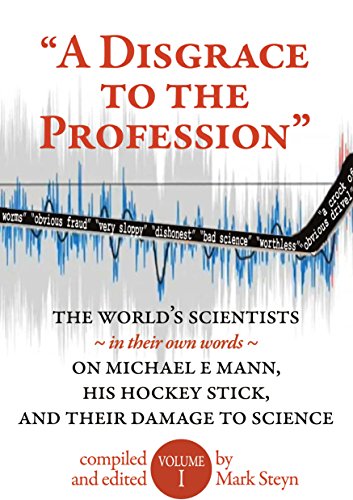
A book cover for "A Disgrace to the Profession"; Mark Steyn (editor); Biographies & Memoirs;